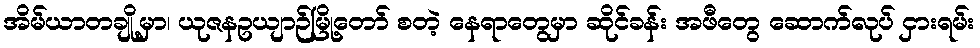
အိမ်ယာတချို့မှာ၊ ယုဇနဥယျာဉ်မြို့တော် စတဲ့ နေရာတွေမှာ ဆိုင်ခန်း အဖီတွေ ဆောက်လုပ် ငှားရမ်း